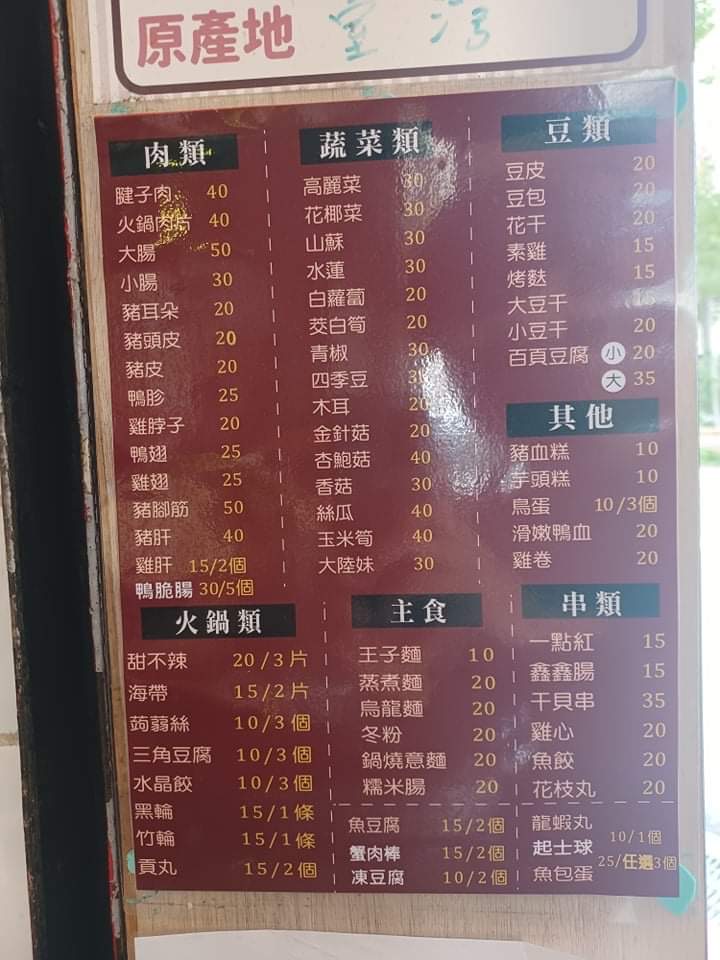
菜單：
name: 腱子肉
price: 40
name: 火鍋肉片
price: 40
name: 大腸
price: 50
name: 小腸
price: 30
name: 豬耳朵
price: 20
name: 豬頭皮
price: 20
name: 豬皮
price: 20
name: 鴨胗
price: 25
name: 鴨脖子
price: 20
name: 鴨翅
price: 25
name: 雞胗
price: 25
name: 豬腳筋
price: 50
name: 豬肝
price: 40
name: 雞肝
price: 15/2個
name: 鴨脆腸
price: 30/5個
name: 高麗菜
price: 30
name: 花椰菜
price: 30
name: 山蘇
price: 30
name: 水蓮
price: 30
name: 白蘿蔔
price: 20
name: 茭白筍
price: 20
name: 青椒
price: 30
name: 四季豆
price: 30
name: 木耳
price: 20
name: 金針菇
price: 20
name: 杏鮑菇
price: 40
name: 香菇
price: 30
name: 絲瓜
price: 40
name: 玉米筍
price: 40
name: 大陸妹
price: 30
name: 豆皮
price: 20
name: 豆包
price: 20
name: 花干
price: 20
name: 素雞
price: 15
name: 烤麩
price: 15
name: 大豆干
price: 15
name: 小豆干
price: 20
name: 百頁豆腐 (小)
price: 20
name: 百頁豆腐 (大)
price: 35
name: 豬血糕
price: 10
name: 芋頭糕
price: 10
name: 鳥蛋
price: 10/3個
name: 滑嫩鴨血
price: 20
name: 雞卷
price: 20
name: 甜不辣
price: 20/3片
name: 海帶
price: 15/2片
name: 蒟蒻絲
price: 10/3個
name: 三角豆腐
price: 10/3個
name: 水晶餃
price: 10/3個
name: 黑輪
price: 15/1條
name: 竹輪
price: 15/1條
name: 貢丸
price: 15/2個
name: 王子麵
price: 10
name: 蒸煮麵
price: 20
name: 烏龍麵
price: 20
name: 冬粉
price: 20
name: 鍋燒意麵
price: 20
name: 糯米腸
price: 20
name: 魚豆腐
price: 15/2個
name: 蟹肉棒
price: 15/2個
name: 凍豆腐
price: 10/2個
name: 一點紅
price: 15
name: 鑫鑫腸
price: 15
name: 干貝串
price: 35
name: 雞心
price: 20
name: 魚餃
price: 20
name: 花枝丸
price: 20
name: 龍蝦丸
price: 10/1個
name: 起士球
price: 25/任選3個
name: 魚包蛋
price: 20